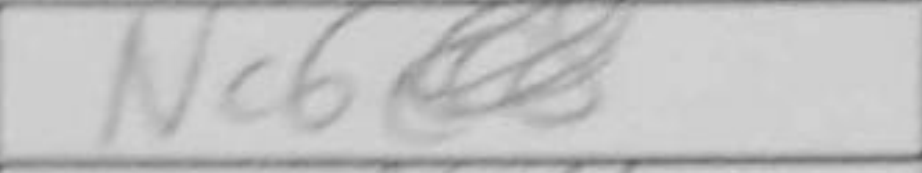
Transcription: Nc6